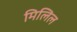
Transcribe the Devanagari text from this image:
मिलिल